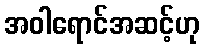
အဝါရောင်အဆင့်ဟု